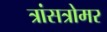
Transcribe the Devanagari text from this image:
त्रांसत्रोमर